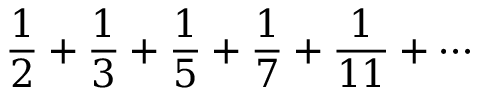
{ \frac { 1 } { 2 } } + { \frac { 1 } { 3 } } + { \frac { 1 } { 5 } } + { \frac { 1 } { 7 } } + { \frac { 1 } { 1 1 } } + \cdots